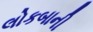
લોકબાની